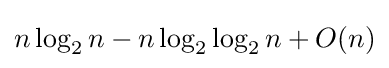
n\log _{2}n-n\log _{2}\log _{2}n+O(n)